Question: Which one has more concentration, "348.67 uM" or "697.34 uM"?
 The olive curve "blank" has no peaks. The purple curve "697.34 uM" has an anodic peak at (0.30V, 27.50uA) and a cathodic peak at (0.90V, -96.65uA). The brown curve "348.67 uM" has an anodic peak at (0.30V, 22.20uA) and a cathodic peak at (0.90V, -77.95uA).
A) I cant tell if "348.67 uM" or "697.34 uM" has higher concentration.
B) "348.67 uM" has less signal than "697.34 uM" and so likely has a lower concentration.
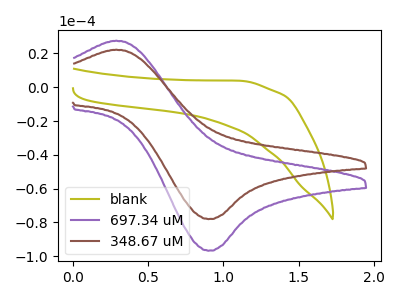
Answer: <think>All the peaks in "348.67 uM" have a peak in "697.34 uM" at the same potential. Every peak in "348.67 uM" is lower than every peak in "697.34 uM".
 </think>
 <answer>B) "348.67 uM" has less signal than "697.34 uM" and so likely has a lower concentration.</answer>
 <eval>B</eval>